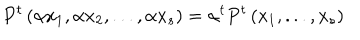
LaTeX: P ^ { t } \left( \alpha x _ { 1 } , \alpha x _ { 2 } , . . . , \alpha x _ { s } \right) = { \alpha } ^ { t } P ^ { t } \left( x _ { 1 } , . . . , x _ { s } \right)